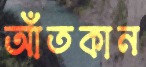
আঁতকান